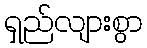
ရှည်လျားစွာ